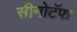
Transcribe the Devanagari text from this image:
सीनोटॅफ